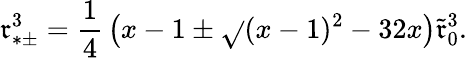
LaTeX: \mathfrak{r}_{*\pm}^{3}={\frac{{1}}{{4}}}\left(x-1\pm\sqrt{}{{(x-1)^{2}-32x}}\right)\tilde{{\mathfrak{r}}}_{0}^{3}.